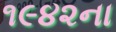
૧૯૪૨ના